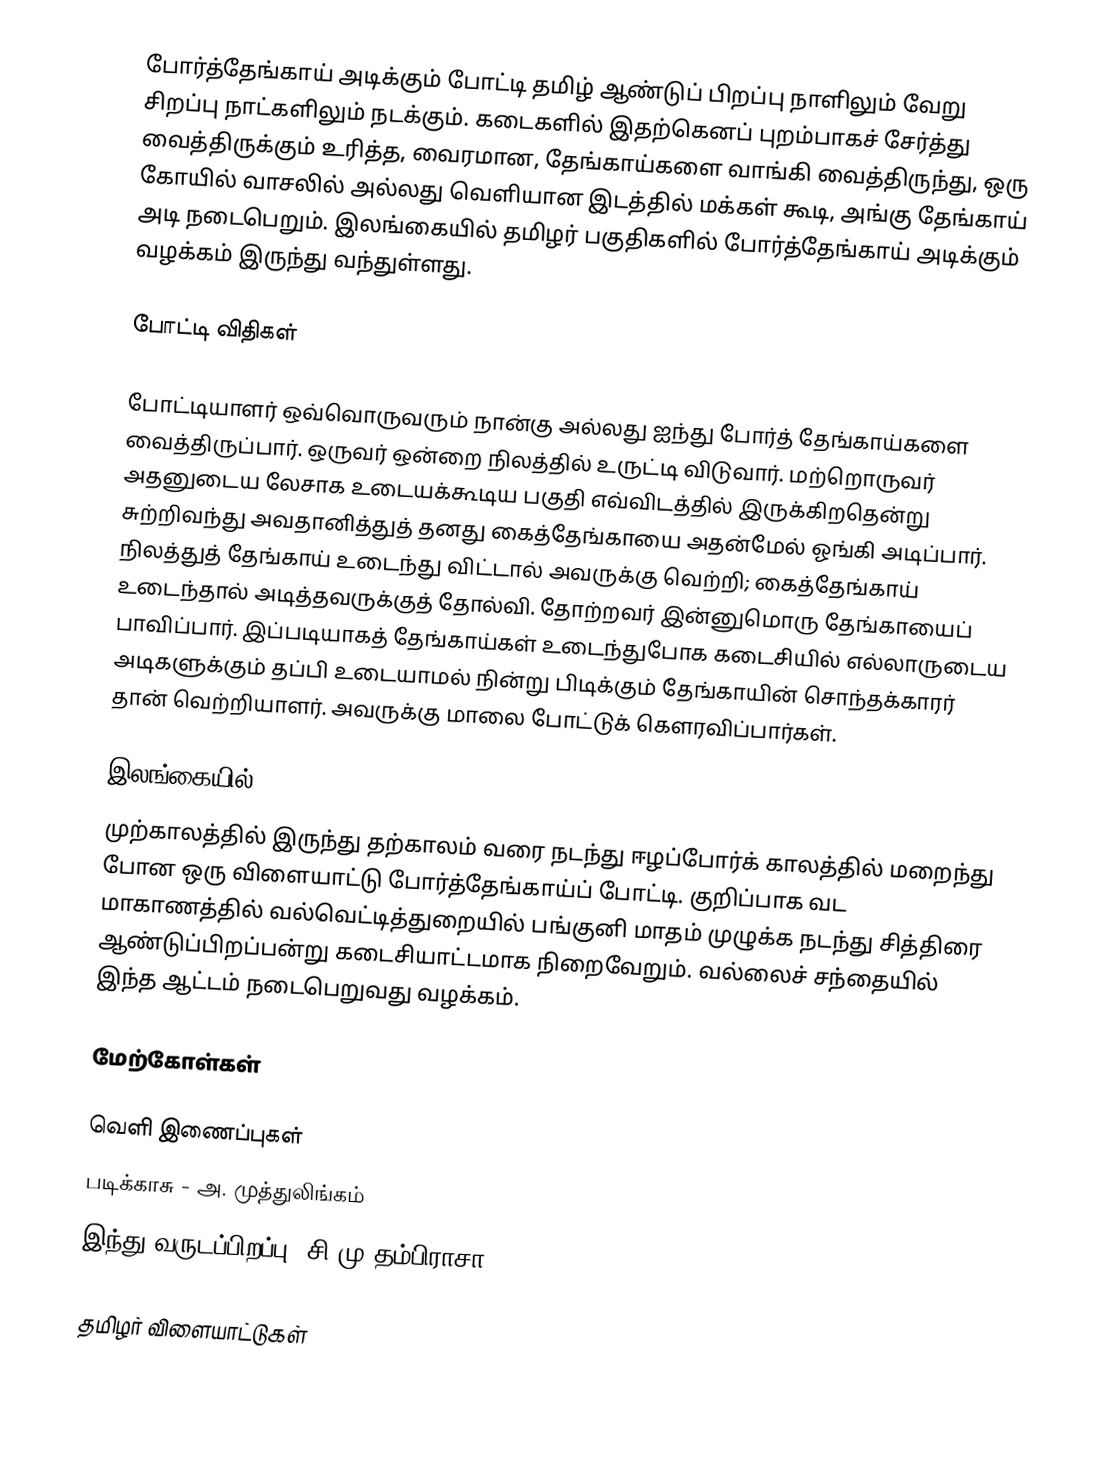
போர்த்தேங்காய் அடிக்கும் போட்டி தமிழ் ஆண்டுப் பிறப்பு நாளிலும் வேறு சிறப்பு நாட்களிலும் நடக்கும். கடைகளில் இதற்கெனப் புறம்பாகச் சேர்த்து வைத்திருக்கும் உரித்த, வைரமான, தேங்காய்களை வாங்கி வைத்திருந்து, ஒரு கோயில் வாசலில் அல்லது வெளியான இடத்தில் மக்கள் கூடி, அங்கு தேங்காய் அடி நடைபெறும். இலங்கையில் தமிழர் பகுதிகளில் போர்த்தேங்காய் அடிக்கும் வழக்கம் இருந்து வந்துள்ளது.

போட்டி விதிகள்

போட்டியாளர் ஒவ்வொருவரும் நான்கு அல்லது ஐந்து போர்த் தேங்காய்களை வைத்திருப்பார். ஒருவர் ஒன்றை நிலத்தில் உருட்டி விடுவார். மற்றொருவர் அதனுடைய லேசாக உடையக்கூடிய பகுதி எவ்விடத்தில் இருக்கிறதென்று சுற்றிவந்து அவதானித்துத் தனது கைத்தேங்காயை அதன்மேல் ஓங்கி அடிப்பார். நிலத்துத் தேங்காய் உடைந்து விட்டால் அவருக்கு வெற்றி; கைத்தேங்காய் உடைந்தால் அடித்தவருக்குத் தோல்வி. தோற்றவர் இன்னுமொரு தேங்காயைப் பாவிப்பார். இப்படியாகத் தேங்காய்கள் உடைந்துபோக கடைசியில் எல்லாருடைய அடிகளுக்கும் தப்பி உடையாமல் நின்று பிடிக்கும் தேங்காயின் சொந்தக்காரர் தான் வெற்றியாளர். அவருக்கு மாலை போட்டுக் கௌரவிப்பார்கள்.

இலங்கையில்
முற்காலத்தில் இருந்து தற்காலம் வரை நடந்து ஈழப்போர்க் காலத்தில் மறைந்து போன ஒரு விளையாட்டு போர்த்தேங்காய்ப் போட்டி. குறிப்பாக வட மாகாணத்தில் வல்வெட்டித்துறையில் பங்குனி மாதம் முழுக்க நடந்து சித்திரை ஆண்டுப்பிறப்பன்று கடைசியாட்டமாக நிறைவேறும். வல்லைச் சந்தையில் இந்த ஆட்டம் நடைபெறுவது வழக்கம்.

மேற்கோள்கள்

வெளி இணைப்புகள்
 படிக்காசு - அ. முத்துலிங்கம்
 இந்து வருடப்பிறப்பு -சி.மு.தம்பிராசா

தமிழர் விளையாட்டுகள்